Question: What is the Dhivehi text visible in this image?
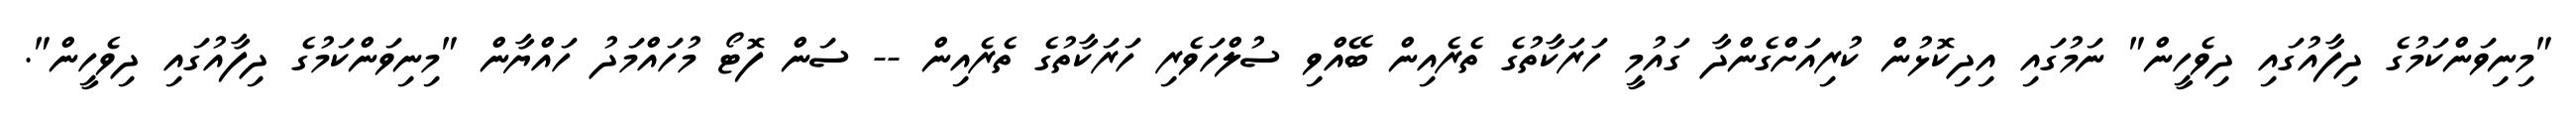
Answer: "މިނިވަންކަމުގެ ދިފާއުގައި ދިވެހީން" ނަމުގައި އިދިކޮޅުން ކުރިއަށްގެންދާ ގައުމީ ހަރަކާތުގެ ތެރެއިން ބޭއްވި ސުލްހަވެރި ހަރަކާތުގެ ތެރެއިން -- ސަން ފޮޓޯ މުހައްމަދު ހައްޔާން "މިނިވަންކަމުގެ ދިފާއުގައި ދިވެހީން".